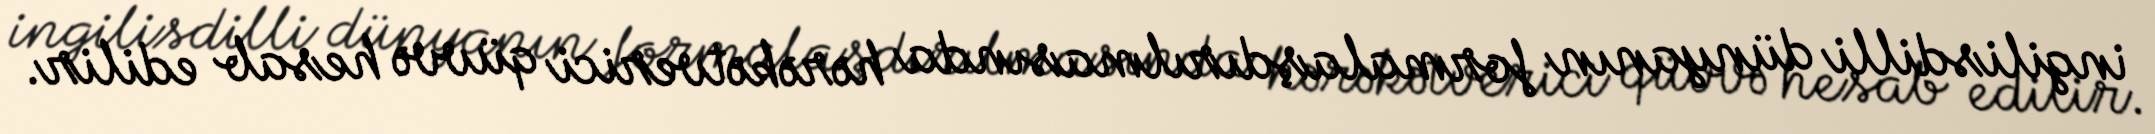
ingilisdilli dünyanın formalaşdırılmasında hərəkətverici qüvvə hesab edilir.